Vaccination in Bombay 1902-1912 - 1902-1912
Year: 1902
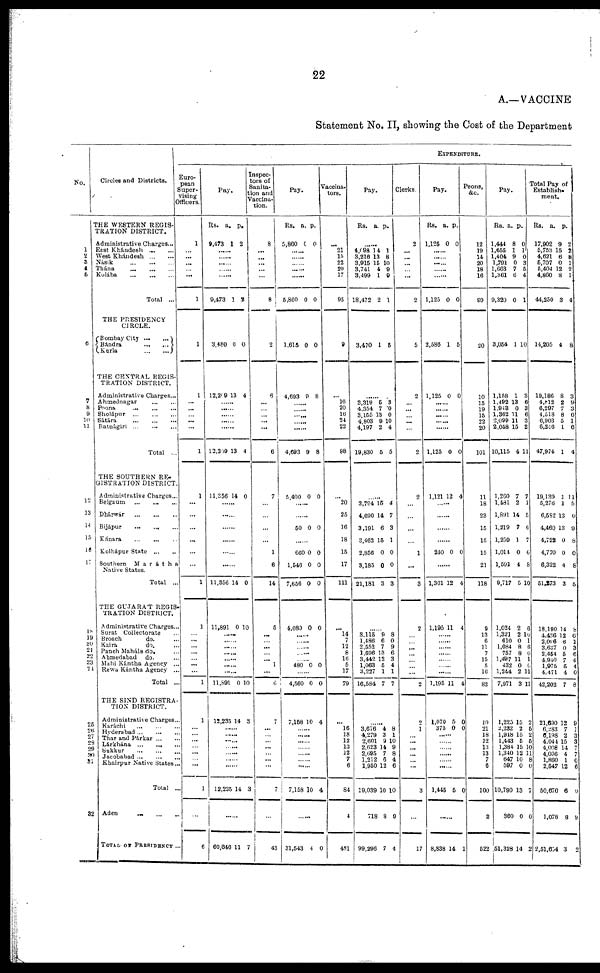
22
A.—VACCINE
Statement No. II, showing the Cost of the Department
No.
1
2
3
4 5
6
7
8
9 10
11
12
13
14
15
16
17
18
19
20
21
22
23
24
25 26
27
28
29
30 31
32
Circles and Districts.
THE WESTERN REGIS-
TRATION DISTRICT.
Administrative Charges...
East Khándesh
...
...
West Khándesh
...
...
Násik
...
...
...
Thána
...
...
...
Kolába
...
...
...
Total ...
THE PRESIDENCY
CIRCLE.
Bombay City
...
...
Bándra
...
...
Kurla
...
...
THE CENTRAL REGIS-
TRATION DISTRICT.
Administrative Charges...
Ahmednagar
...
...
Poona
...
...
...
Sholápur
...
...
...
Sátára
...
...
...
Ratnágiri
...
...
...
Total ...
THE SOUTHERN RE-
GISTRATION DISTRICT.
Administrative Charges...
Belgaum ... ... ...
Dhárwár ... ... ...
Bijápur
...
...
...
Kánara
...
...
...
Kolhápur State
...
...
Southern
Marátha
Native States.
Total ...
THE GUJARAT REGIS-
TRATION DISTRICT.
Administrative Charges..
Surat Collectorate ...
Broach
do. ...
Kaira do. ...
Panch Maháls do. ...
Ahmedabad
do. ...
Mahi Kántha Agency ...
Rewa Kántha Agency ...
Total ..
THE SIND REGISTRA-
TION DISTRICT.
Administrative Charges ...
Karáchi ... ... ...
Hyderabad ... ... ...
Thar and Párkar ... ...
Lárkhána
...
...
...
Sukkur ... ... ...
Jacobabad ... ... ...
Khairpur Native States..
Total ...
Aden
...
...
...
TOTAL OF PRESIDENCY ..
EXPENDITURE.
Euro-
pean
Super-
vising
Officers.
1
...
...
...
... ...
1
1
1
...
...
... ...
...
1
1
...
...
...
...
...
...
1
1
...
...
...
...
...
...
...
1
1
... ...
...
...
...
...
...
1
...
6
Pay.
Rs.
9,473
a.
1
p.
2
......
......
......
......
......
9,473
3,480
12,209
1
0
13
2
0
4
......
......
...... ......
......
12,209
11,356
13
14
4
0
......
......
......
......
......
......
11,356
11,891
14
0
0
10
......
......
...... ......
......
...... ......
11,891
12,235
0
14
10
3
...... ...... ......
......
......
......
......
12,235 14 3
......
60,646 11 7
Inspec-
tors of
Sanita-
tion and
Vaccina-
tion.
8
...
...
...
...
...
8
2
6
...
...
...
... ...
6
7
...
...
...
...
1
6
14
5
...
...
...
... ... 1
...
6
7
... ...
...
...
...
...
...
7
...
43
Pay.
Rs.
5,860
a.
0
p.
0
......
......
......
......
......
5,860
1,615
4,693
0
0
9
0
0
8
......
...... ......
......
......
4,693
5,400
9
0
8
0
......
......
50 0 0
......
660
1,546
7,656
4,080
0
0
0
0
0
0
0
0
......
......
......
......
...... 480 0 0
......
4,560
7,158
0
10
0
4
...... ......
......
......
......
......
......
7,158 10 4
......
31,543 4 0
Vaccina.
tors.
...
21
15
22
20
17
95
9
...
18
20
16
24
22
98
...
20
25
16
18
15
17
111
...
14
7
12
8
16
5
17
79
...
16 18
12
13 12
7
6
84
4
481
Pay.
Rs. a. p.
......
4,098
3,216
3,915
3,741
3,499
18,472
3,470
14
13
15
4
1
2
1
1
8 10
9
9
1
5
......
3,319
4,354
3,155
4,803
4,197
19,830
5
7
13
9
2
5
3
0
0
10
4
5
......
3,794
4,690
3,191
3,462
2,856
3,185
21,181
15
14
6
15
0
0
3
4
7
3
1
0
0
3
......
3,115
1,486
2,552
1,696
3,442
1,063
3,227
16,584
9
6
7
13
12
5
1
7
8
0
9
6
3
4
1
7
......
3,676 4,279
2,601
2,623
2,695
1,212
1,950
19,039
718
99,296
4 3 9
14
7
6
12
10
8
7
8 1
10
9
8
4
6
10
9
4
Clerks.
2
...
...
...
...
...
2
5
2
...
...
...
...
...
2
2
...
...
...
...
1
...
3
2
...
...
...
...
...
...
...
2
2
1 ...
...
...
...
...
...
3
...
17
Pay.
Rs.
1,125
a.
0
p.
0
......
......
......
......
......
1,125
2,586
1,125
0
1
0
0
5
0
......
......
......
......
......
1,125
1,121
0
12
0
4
......
......
......
......
240 0 0
......
1,361
1,195
12
11
4
4
......
......
......
......
......
......
......
1,195
1,070
375
11
5
0
4
0
0
......
......
......
......
......
......
1,445 5 0
......
8,838 14 1
Peons,
&c.
12
19
14
20
18
16
99
20
10
15
19
15
22
20
101
11
18
23
15
15
15
21
118
9
13
6
11
7
15
5
16
82
10
21 18
12
13
13
7
6
100
2
522
Pay.
Rs.
1,444
1,655
1,404
1,791
1,663
1,361
9,320
3,054
1,158
1,492
1,943
1,362
2,099
2,058
10,115
1,260
1,481
1,891
1,219
1,259
1,014
1,591
9,717
1,024
1,321
610
1,084
757
1,497
432
1,244
7,971
1,225
2,233 1,918
1,443
1,384
1,340
647
597
10,790
36
51,328
a.
8
1
9
0
7
6
0
1
1
13
0
11
11
15
4
7
2
14
7
1
0
4
5
2
2
0
8
8
11
0
2
3
15
2 15
5
15
12
10
0
13
0
14
p.
0
1
0
3
5
4
1
10
3
6
3
6
3
2
11
7
1
5
6
7
0
8
10
6
10
1
6
0
1
0
11
11
2
5 2
5
10
11
8
0
7
0
2
Total Pay of
Establish-
ment.
Rs.
17,902
5,753
4,621
5,707
5,404
4,860
44,250
14,205
19,186
4,812
6,297
4,518
6,903
6,246
47,974
19,139
5,276
6,582
4,460
4,722
4,770
6,322
51,273
18,190
4,436
2,096
3,637
2,454
4,940
1,975
4,471
42,202
21,690
6,283 6,198 4,044
4,008 4,036
1,860
2,547
50,670
1,078
2,51,654
a.
9
15
6
0
12
8
3
4
8
2
7
8
5
1
1
1
1
13
13
0
0
4
3
14
12
6
0
5
7 5
4
7
12
7 2 15
14
4
1
12
6
8
3
p.
2
2
8
1
2
1
4
8
3
9
3
6
1
6
4
11
5
0
9
8
0
8
5
8
6
1
3
6
4
4
0
8
9
1 3
3
7
7
0 6
0
9
2